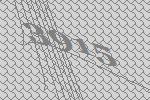
3915